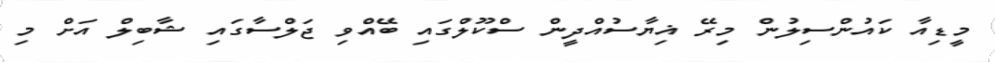
މީޑިއާ ކައުންސިލުން މިރޭ ޣިޔާސުއްދީން ސްކޫލްގައި ބޭއްވި ޖަލްސާގައި ޝާބިލް އަށް މި